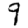
Digit: 9